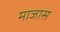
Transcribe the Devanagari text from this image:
माजास